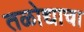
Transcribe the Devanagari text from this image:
तळोद्याचा